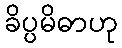
ခိပ္ပမိဓာဟု